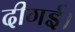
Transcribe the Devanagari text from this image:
दीगई।